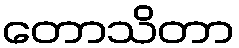
တောသိတာ